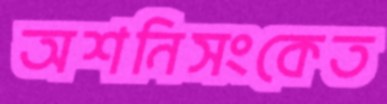
অশনিসংকেত